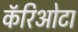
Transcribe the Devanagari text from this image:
कॅरिओटा